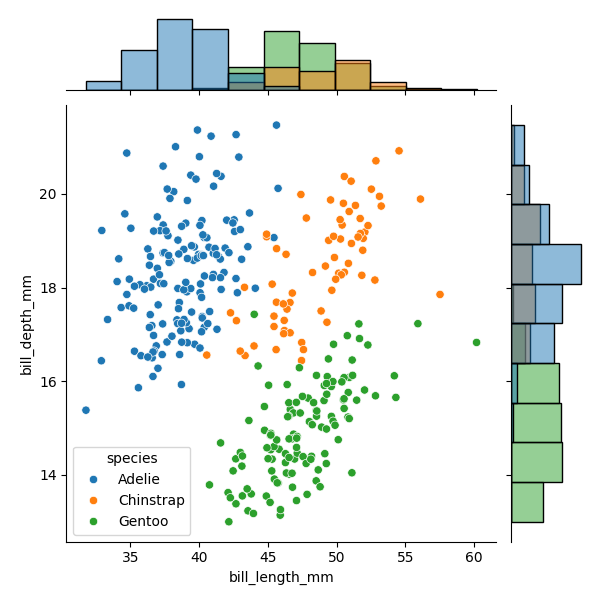
python, seaborn, JointGrid, scatterplot, histplot, hue